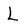
Character: L